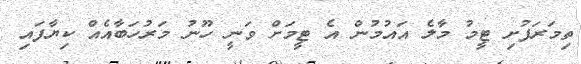
ތިމަރަފުށި ޓީމު މާލެ އައުމުން އެ ޓީމަށް ވަނީ ހޫނު މަރުހަބާއެއް ކިޔާފައި